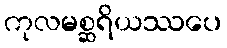
ကုလမစ္ဆရိယဿပေ